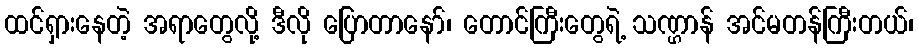
ထင်ရှားနေတဲ့ အရာတွေလို့ ဒီလို ပြောတာနော်၊ တောင်ကြီးတွေရဲ့ သဏ္ဌာန် အင်မတန်ကြီးတယ်၊